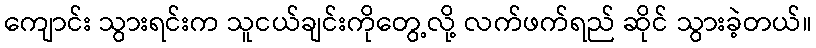
ကျောင်း သွားရင်းက သူငယ်ချင်းကိုတွေ့လို့ လက်ဖက်ရည် ဆိုင် သွားခဲ့တယ်။